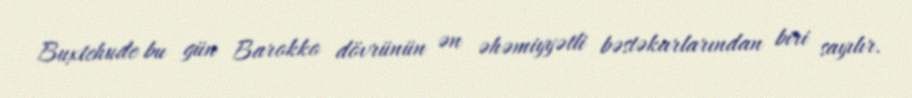
Buxtehude bu gün Barokko dövrünün ən əhəmiyyətli bəstəkarlarından biri sayılır.